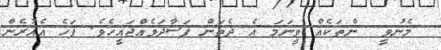
މެނުވީ  ންތަކެއް ވީނަމަ އެ ދެތަން ފަސާދަވެއްޖައީހެވެ. ފަހެ އެއުރެން